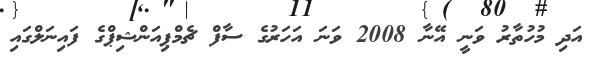
އަދި މުހުތާރު ވަނީ އޭނާ 2008 ވަނަ އަހަރުގެ ސާފް ޗެމްޕިއަންޝިޕްގެ ފައިނަލްގައި